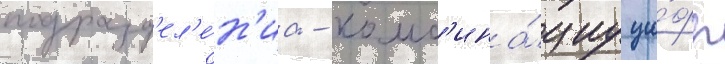
подразд'ел'е́н'иа - комб'ина́циу ци́фр